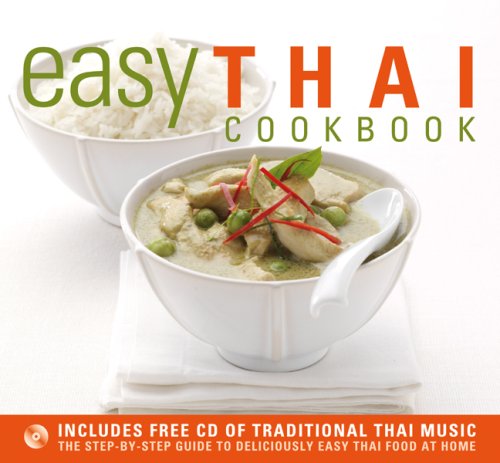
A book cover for Easy Thai Cookbook: The Step-By-Step Guide to Deliciously Easy Thai Food at Home; Sallie Morris; Cookbooks, Food & Wine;